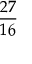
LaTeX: \frac { 2 7 } { 1 6 }